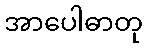
အာပေါဓာတု